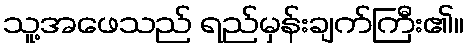
သူ့အဖေသည် ရည်မှန်းချက်ကြီး၏။